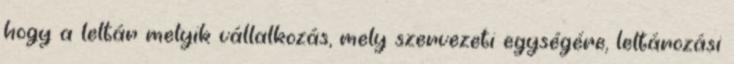
hogy a leltár melyik vállalkozás, mely szervezeti egységére, leltározási